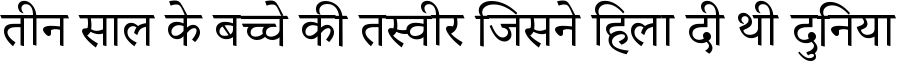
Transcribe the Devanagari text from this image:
तीन साल के बच्चे की तस्वीर जिसने हिला दी थी दुनिया